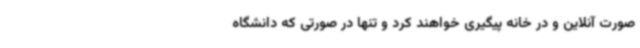
صورت آنلاین و در خانه پیگیری خواهند کرد و تنها در صورتی که دانشگاه‌